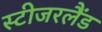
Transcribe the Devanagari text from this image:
स्टीजरलैंड